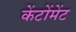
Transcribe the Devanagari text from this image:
केंटोंमेंट